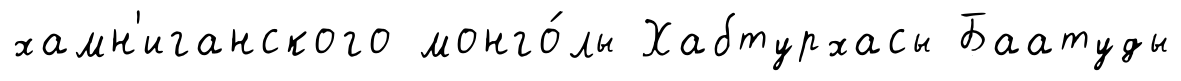
хамн'иганского монго́лы Хабтурхасы Баатуды